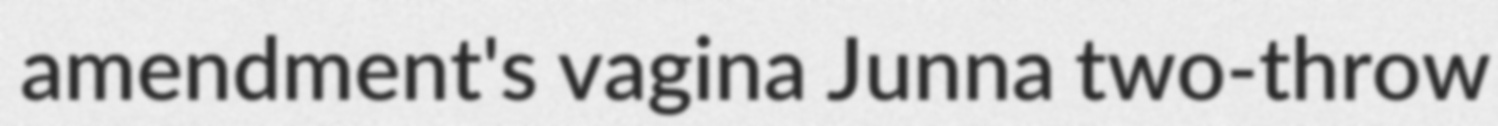
amendment's vagina Junna two-throw